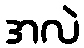
အလဲ